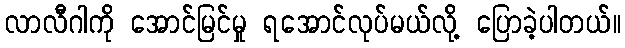
လာလီဂါကို အောင်မြင်မှု ရအောင်လုပ်မယ်လို့ ပြောခဲ့ပါတယ်။